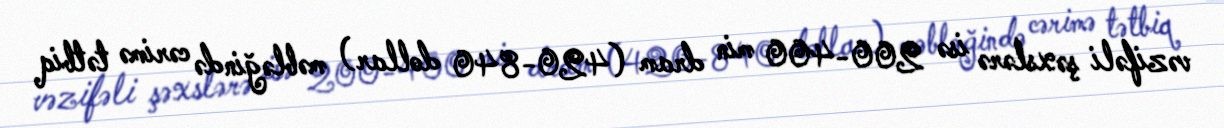
vəzifəli şəxslərə isə 200-400 min dram (420-840 dollar) məbləğində cərimə tətbiq